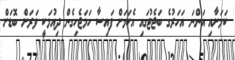
ކަމަށާއި އަންނަ އަހަރުގެ ބަޖެޓުގައި އެކަމަށް ފައިސާ ހަމަޖެހިގެން ދިއުމަކީ ވަރަށް ބޮޑަށް